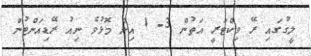
ލީގުގައި ރޭ ވިކްޓަރީ އަތުން 3- 1 އިން މޮޅުވެ ނިއު ރޭޑިއަންޓުން